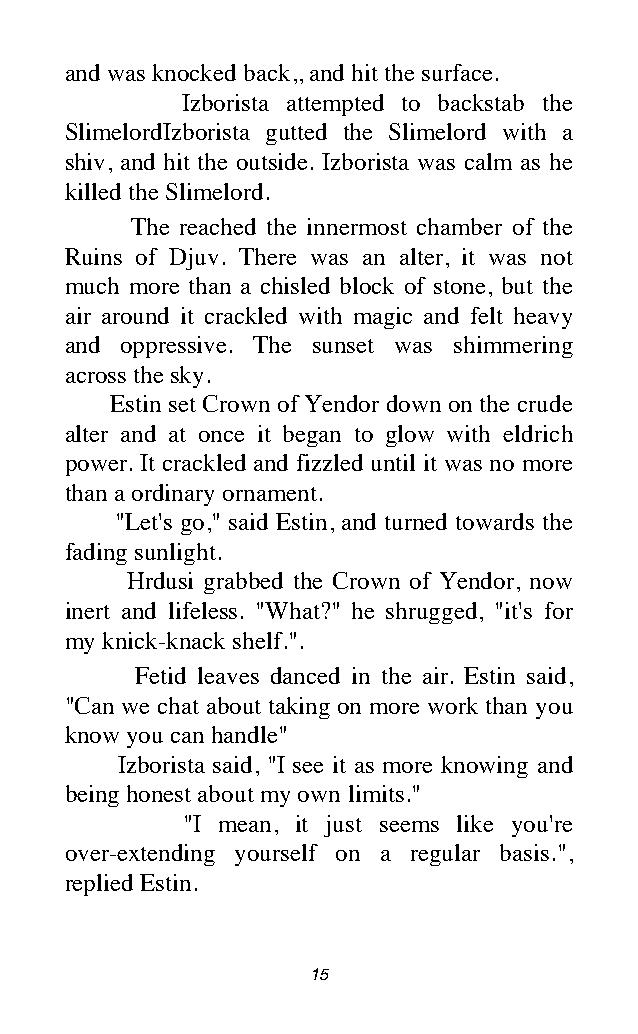
and was knocked back,, and hit the surface.
 Izborista attempted to backstab the
 SlimelordIzborista gutted the Slimelord with a
 shiv, and hit the outside. Izborista was calm as he
 killed the Slimelord.
 The reached the innermost chamber of the
 Ruins of Djuv. There was an alter, it was not
 much more than a chisled block of stone, but the
 air around it crackled with magic and felt heavy
 and oppressive. The sunset was shimmering
 across the sky.
 Estin set Crown of Yendor down on the crude
 alter and at once it began to glow with eldrich
 power. It crackled and fizzled until it was no more
 than a ordinary ornament.
 "Let's go," said Estin, and turned towards the
 fading sunlight.
 Hrdusi grabbed the Crown of Yendor, now
 inert and lifeless. "What?" he shrugged, "it's for
 my knick-knack shelf.".
 Fetid leaves danced in the air. Estin said,
 "Can we chat about taking on more work than you
 know you can handle"
 Izborista said, "I see it as more knowing and
 being honest about my own limits."
 "I mean, it just seems like you're
 over-extending yourself on a regular basis.",
 replied Estin.
 15